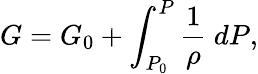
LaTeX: G=G_{0}+\int_{P_{0}}^{P}\frac{1}{\rho}~dP,